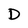
Character: D